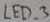
Text: LED_3